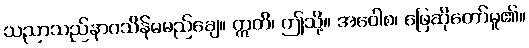
သညာသည်နာဂသိန်မမည်ချေ။ ဣတိ၊ ဤသို့။ အဝေါစ၊ ဖြေဆိုတော်မူ၏။